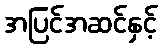
အပြင်အဆင်နှင့်